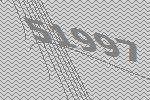
51997